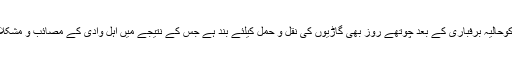
جموں شاہراہ سنیچر کوحالیہ برفباری کے بعد چوتھے روز بھی گاڑیوں کی نقل و حمل کیلئے بند ہے جس کے نتیجے میں اہل وادی کے مصائب و مشکلات لگاتار جاری ہیں۔